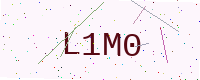
Text: L1M0